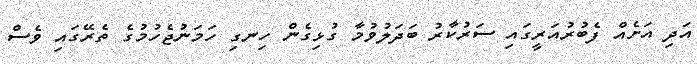
އަދި އަށެއް ފެބުރުއަރީގައި ސަރުކާރު ބަދަލުވުމާ ގުޅިގެން ހިނގި ހަމަނުޖެހުމުގެ ތެރޭގައި ވެސް